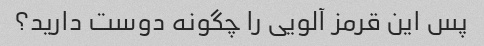
پس این قرمز آلویی را چگونه دوست دارید؟